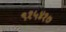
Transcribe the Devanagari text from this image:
९१५४१७